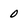
Character: 0